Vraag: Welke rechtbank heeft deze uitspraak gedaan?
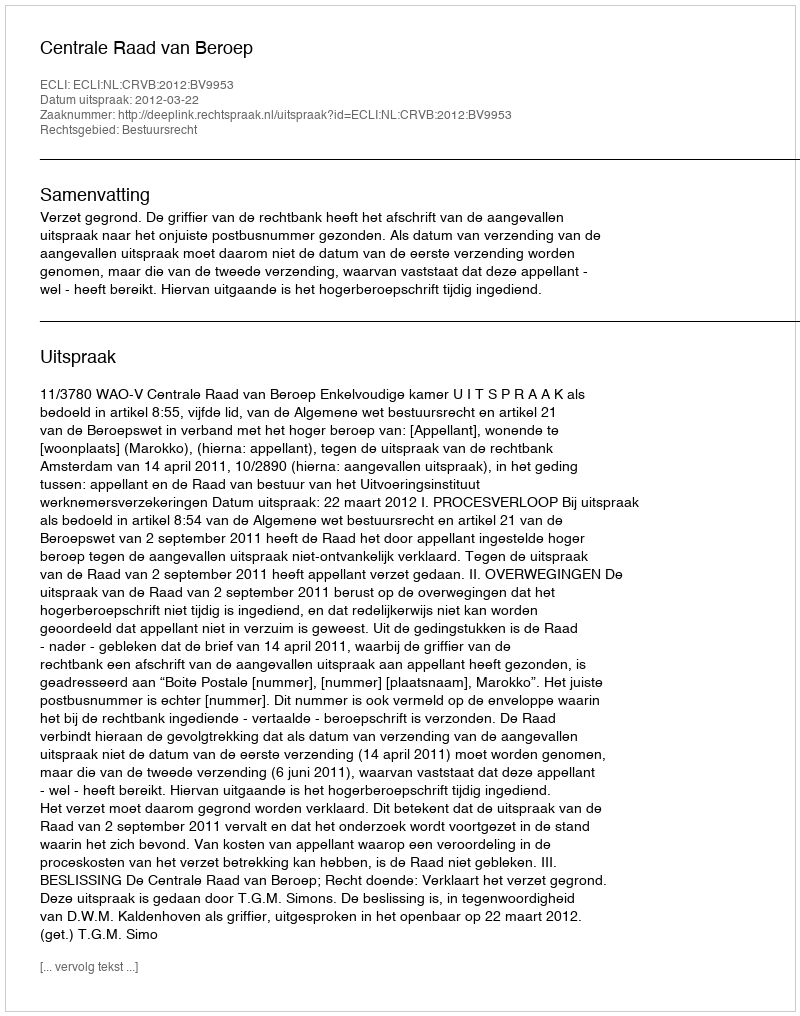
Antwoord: Centrale Raad van Beroep